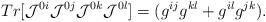
LaTeX: \begin{align*}Tr[{\cal{J}}^{0i} {\cal{J}}^{0j} {\cal{J}}^{0k} {\cal{J}}^{0l}]=(g^{ij}g^{kl}+g^{il}g^{jk}).\end{align*}